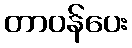
တာဝန်ပေး